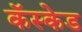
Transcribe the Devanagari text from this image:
कॅस्केड